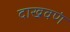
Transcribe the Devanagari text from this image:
दाखवणं